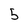
Character: 5